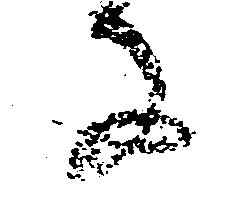
な